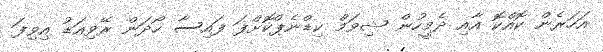
އަހަރެން ކޮއްކޮ އާއި ދެމީހުން ޝިވަމް ކިޑްނެޕްކޮށްފަ ފައިސާ ހޯދަން ރޭވިއަޑު އިވިފަ